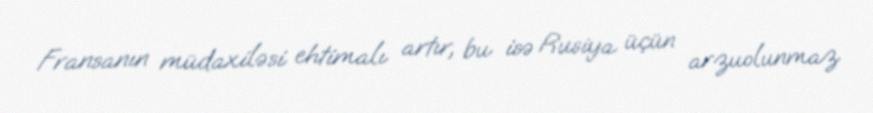
Fransanın müdaxiləsi ehtimalı artır, bu isə Rusiya üçün arzuolunmaz